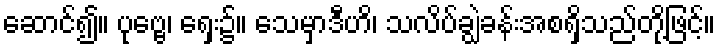
ဆောင်၍။ ပုဗ္ဗေ၊ ရှေး၌။ သေမှာဒီဟိ၊ သလိပ်ချွဲခန်းအစရှိသည်တို့ဖြင့်။